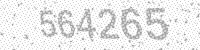
Solution: 564265